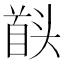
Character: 𮩠